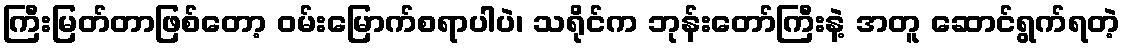
ကြီးမြတ်တာဖြစ်တော့ ဝမ်းမြောက်စရာပါပဲ၊ သရိုင်က ဘုန်းတော်ကြီးနဲ့ အတူ ဆောင်ရွက်ရတဲ့